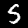
Label: 5